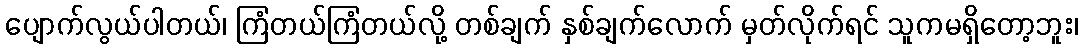
ပျောက်လွယ်ပါတယ်၊ ကြံတယ်ကြံတယ်လို့ တစ်ချက် နှစ်ချက်လောက် မှတ်လိုက်ရင် သူကမရှိတော့ဘူး၊